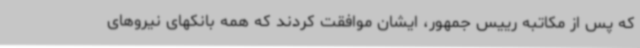
که پس از مکاتبه رییس جمهور، ایشان موافقت کردند که همه بانکهای نیروهای